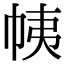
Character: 𢂒